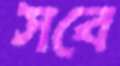
সবে